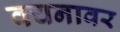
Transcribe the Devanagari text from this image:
वचनावर